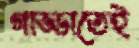
গাড্ডাতেই